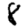
Digit: 8